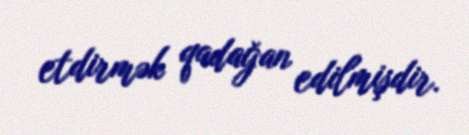
etdirmək qadağan edilmişdir.